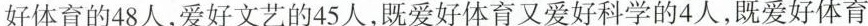
好体育的48人，爱好文艺的45人，既爱好体育又爱好科学的4人，既爱好体育